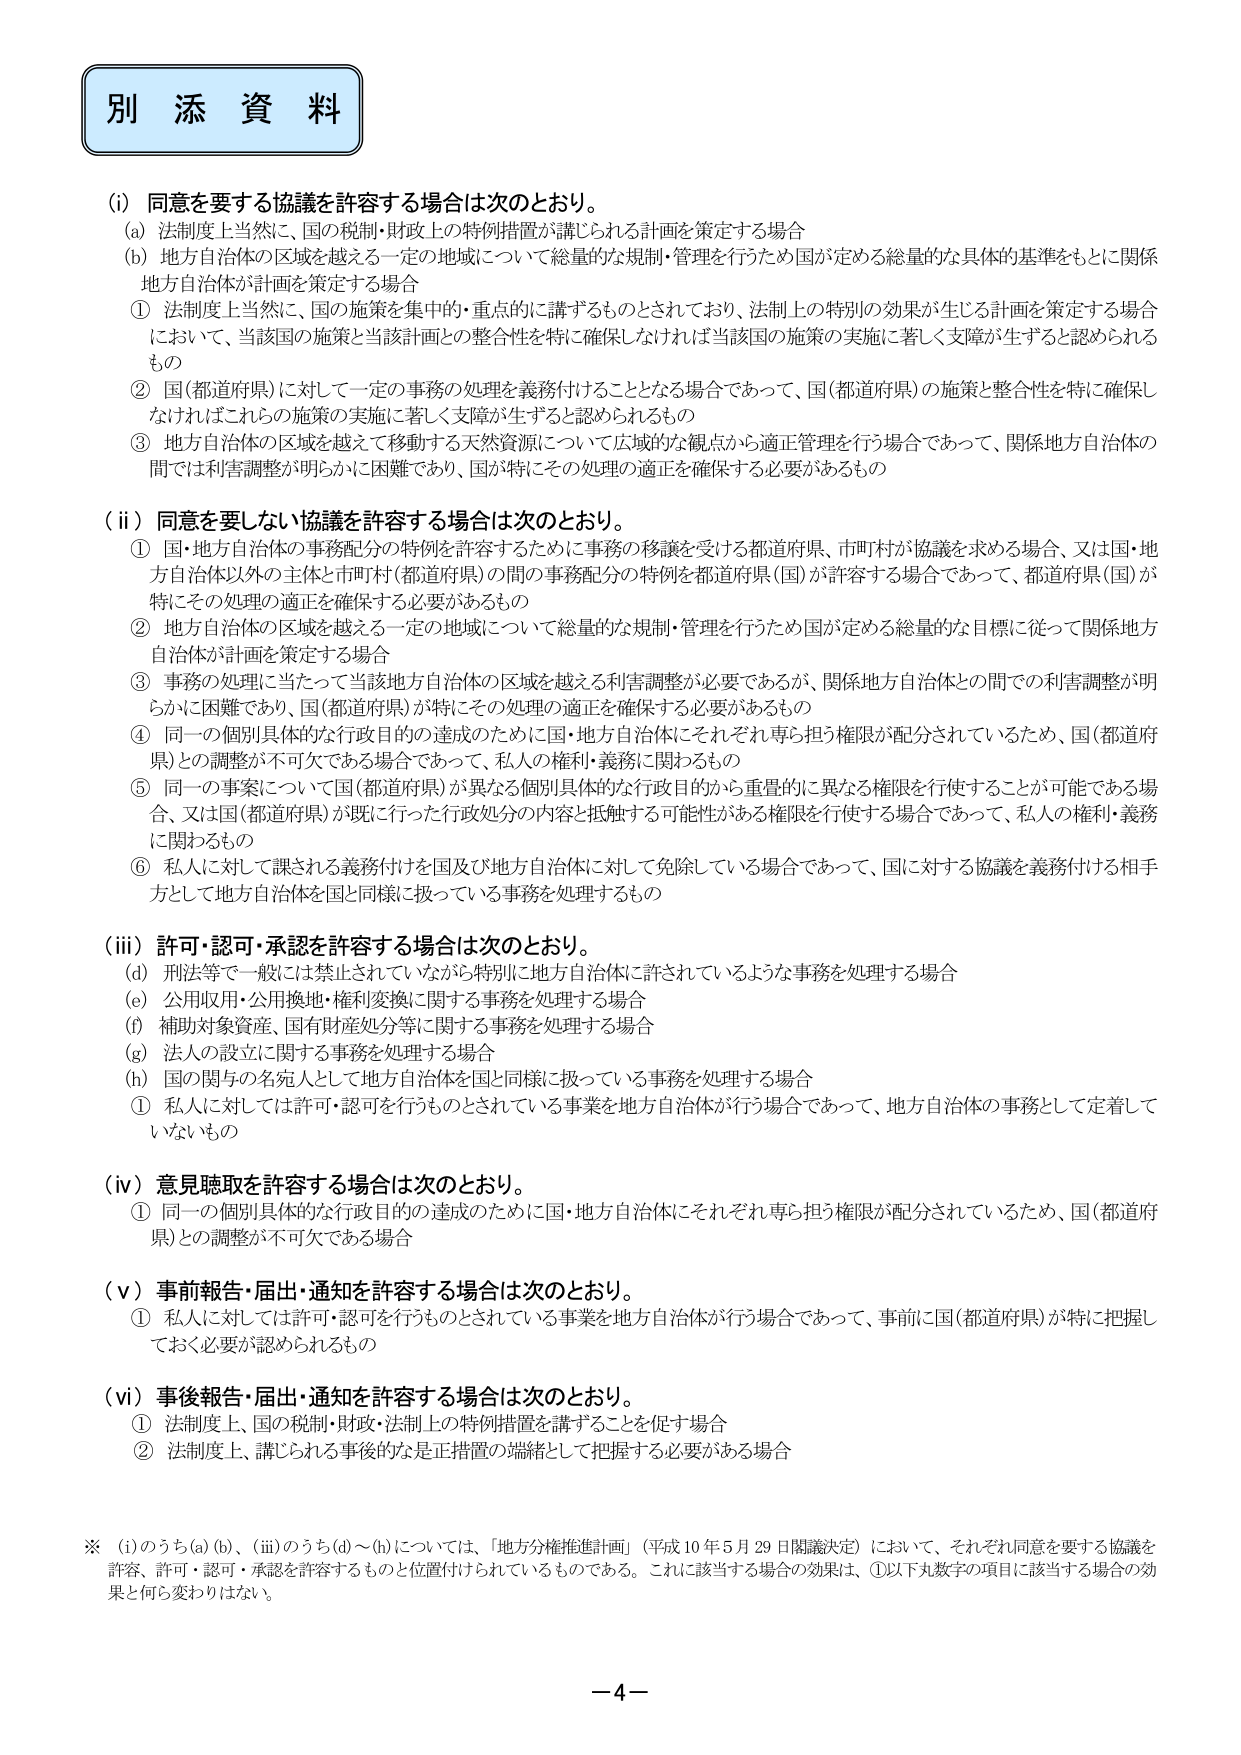
別 添 資 料

(i) 同意を要する協議を許容する場合は次のとおり。
(a) 法制度上当然に、国の税制・財政上の特例措置が講じられる計画を策定する場合
(b) 地方自治体の区域を越える一定の地域について総量的な規制・管理を行うため国が定める総量的な具体的基準をもとに関係地方自治体が計画を策定する場合
① 法制度上当然に、国の施策を集中的・重点的に講ずるものとされており、法制上の特別の効果が生じる計画を策定する場合において、当該国の施策と当該計画との整合性を特に確保しなければ当該国の施策の実施に著しく支障が生ずると認められるもの
② 国(都道府県)に対して一定の事務の処理を義務付けることとなる場合であって、国(都道府県)の施策と整合性を特に確保しなければこれらの施策の実施に著しく支障が生ずると認められるもの
③ 地方自治体の区域を越えて移動する天然資源について広域的な観点から適正管理を行う場合であって、関係地方自治体の間では利害調整が明らかに困難であり、国が特にその処理の適正を確保する必要があるもの

(ii) 同意を要しない協議を許容する場合は次のとおり。
① 国・地方自治体の事務配分の特例を許容するために事務の移譲を受ける都道府県、市町村が協議を求める場合、又は国・地方自治体以外の主体と市町村(都道府県)の間の事務配分の特例を都道府県(国)が許容する場合であって、都道府県(国)が特にその処理の適正を確保する必要があるもの
② 地方自治体の区域を越える一定の地域について総量的な規制・管理を行うため国が定める総量的な目標に従って関係地方自治体が計画を策定する場合
③ 事務の処理に当たって当該地方自治体の区域を越える利害調整が必要であるが、関係地方自治体との間での利害調整が明らかに困難であり、国(都道府県)が特にその処理の適正を確保する必要があるもの
④ 同一の個別具体的な行政目的の達成のために国・地方自治体にそれぞれ専ら担う権限が配分されているため、国(都道府県)との調整が不可欠である場合であって、私人の権利・義務に関わるもの
⑤ 同一の事案について国(都道府県)が異なる個別具体的な行政目的から重畳的に異なる権限を行使することが可能である場合、又は国(都道府県)が既に行った行政処分の内容と抵触する可能性がある権限を行使する場合であって、私人の権利・義務に関わるもの
⑥ 私人に対して課される義務付けを国及び地方自治体に対して免除している場合であって、国に対する協議を義務付ける相手方として地方自治体を国と同様に扱っている事務を処理するもの

(iii) 許可・認可・承認を許容する場合は次のとおり。
(d) 刑法等で一般には禁止されていながら特別に地方自治体に許されているような事務を処理する場合
(e) 公用収用・公用換地・権利変換に関する事務を処理する場合
(f) 補助対象資産、国有財産処分等に関する事務を処理する場合
(g) 法人の設立に関する事務を処理する場合
(h) 国の関与の名宛人として地方自治体を国と同様に扱っている事務を処理する場合
① 私人に対しては許可・認可を行うものとされている事業を地方自治体が行う場合であって、地方自治体の事務として定着していないもの

(iv) 意見聴取を許容する場合は次のとおり。
① 同一の個別具体的な行政目的の達成のために国・地方自治体にそれぞれ専ら担う権限が配分されているため、国(都道府県)との調整が不可欠である場合

(v) 事前報告・届出・通知を許容する場合は次のとおり。
① 私人に対しては許可・認可を行うものとされている事業を地方自治体が行う場合であって、事前に国(都道府県)が特に把握しておく必要が認められるもの

(vi) 事後報告・届出・通知を許容する場合は次のとおり。
① 法制度上、国の税制・財政・法制上の特例措置を講ずることを促す場合
② 法制度上、講じられる事後的な是正措置の端緒として把握する必要がある場合

※ (i)のうち(a)(b)、(iii)のうち(d)～(h)については、「地方分権推進計画」（平成10年5月29日閣議決定）において、それぞれ同意を要する協議を許容、許可・認可・承認を許容するものと位置付けられているものである。これに該当する場合の効果は、①以下丸数字の項目に該当する場合の効果と何ら変わりはない。

－4－